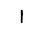
Letter: _alif